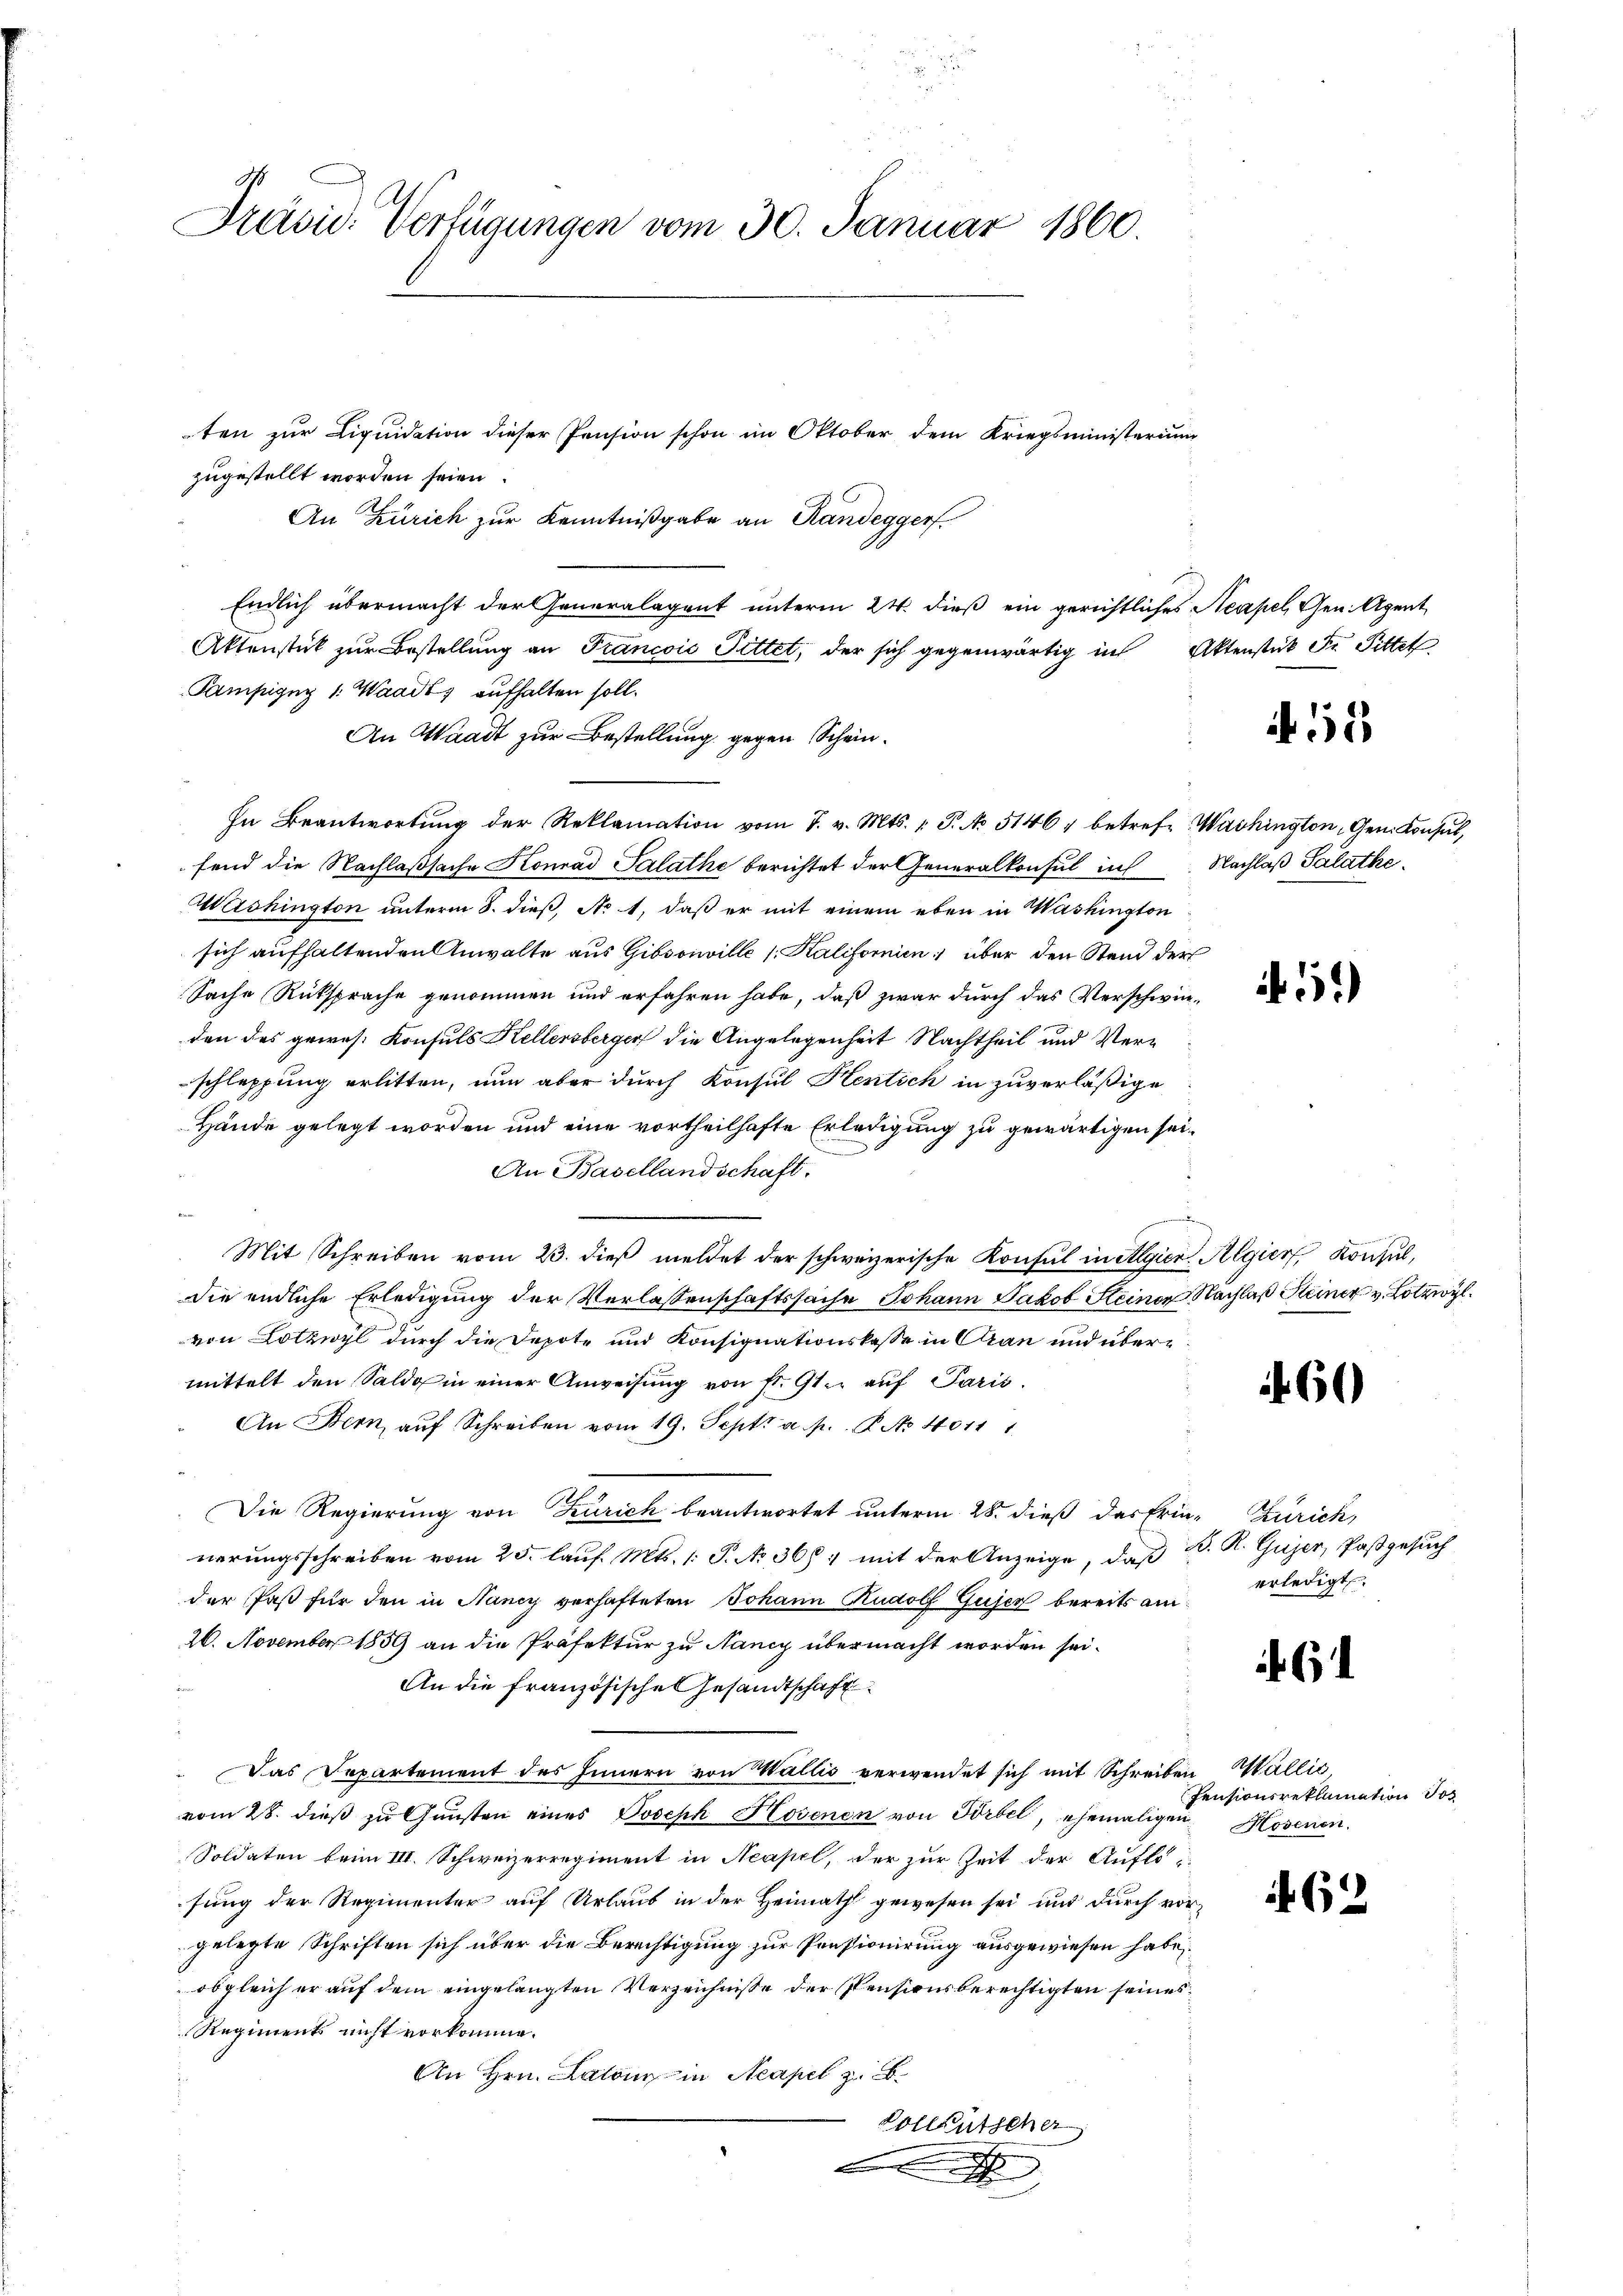
G.
Präsid. Verfügungen vom 30. Januar 1860.

ten zur Liquidation dieser Pension schon im Oktober dem Kriegsministerium
zugestellt worden seien.
An Zürich zur Kenntnißgabe an Randegger
Endlich übermacht der Generalagent unterm 24. dieß ein gerichtliches Neapel, Gen. Agent
Aktenstück zur Bestellung an Francois Pittet, der sich gegenwärtig in Aktenstück Fr. Pittet
Sampigny v. Waadt aufhalten soll.
An Waadt zur Bestellung gegen Schein¬
In Beantwortŭng der Reklamation vom 7. v. Mts. 1. P. No 51467 betrefe Washington, Gen. Konsul,
fend die Nachlaßsache Konrad Salathe berichtet der Generalkonsul in Nachlaß Salathe
Washington unterm 8. dieß, No 1, daß er mit einem eben in Washington
sich aufhaltenden Anwalte aus Gibsouville s. Kalifornien über den Stand der
Sache Rüksprache genommen und erfahren habe, daß zwar durch das Verschwinden des gewes. Konsuls Kellersberger die Angelegenheit Nachtheil und Verschleppung erlitten, nun aber durch Konsul Kentich in zuverläßige
Hände gelegt worden und eine vortheilhafte Erledigung zu gewärtigen sei¬
An Basellandschaft.

Mit Schreiben vom 23. dieß meldet der schweizerische Konsul in Algien Algier, Konsul,
die endliche Erledigung der Verlassenschaftssache Johann Jakob Steiner Nachlaß Kleiner v. Lotzwyl
von Lotzwyl durch die Depote und Konsignationskasse in Cran und übere
mittelt den Saldo in einer Anweisung von fr. 91. auf Paris
An Bern, aŭf Schreiben vom 19. Sept. a. p. P. No 4011 1
Die Regierung von Zürich beantwortet unterm 28. dieß das Erin-Zürich,
nerungsschreiben vom 25. lauf. Mts. 1. P. No 368, mit der Anzeige, daß D. R. Gujer, Paßgesuch
der Paß für den in Nancy verhafteten Johann Rudolf Guser bereits am erledigt
26. November 1859 an die Präfektur zu Nancy übermacht worden sei.
An die französische Gesandtschaft
 Das Departement des Innern von Wallis verwendet sich mit Schreiben Wallić,
vom 28. dieß zu Gunsten eines Joseph Hosenen von Vorbel, ehemaligen Hosenen.
Soldaten beim III. Schweizerregiment in Neapel, der zur Zeit der Auflös
fung der Regimenter auf Urlaub in der Heimath gewesen sei und durch vorgelegte Schriften sich über die Berechtigung zur Pensionirung ausgewiesen habe,
obgleich er auf dem eingelangten Verzeichnisse der Pensionsberechtigten seines
Regiments nicht vorkomme.
An Hrn. Latone in Neapel z. B.
Vollgütscher

12

)

60

6

62

Pensionsreklamation Jos